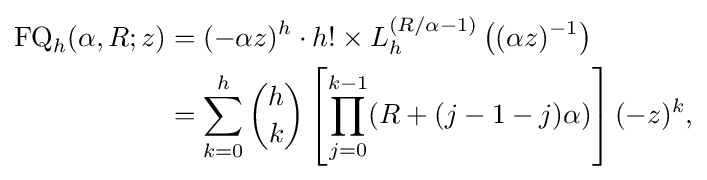
{\begin{aligned}\operatorname {FQ} _{h}(\alpha ,R;z)&=(-\alpha z)^{h}\cdot h!\times L_{h}^{\left(R/\alpha -1\right)}\left((\alpha z)^{-1}\right)\\&=\sum _{k=0}^{h}{\binom {h}{k}}\left[\prod _{j=0}^{k-1}(R+(j-1-j)\alpha )\right](-z)^{k},\end{aligned}}